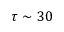
\tau \sim 3 0